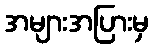
အများအပြားမှ